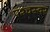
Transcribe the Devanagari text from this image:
पश्चस्वर